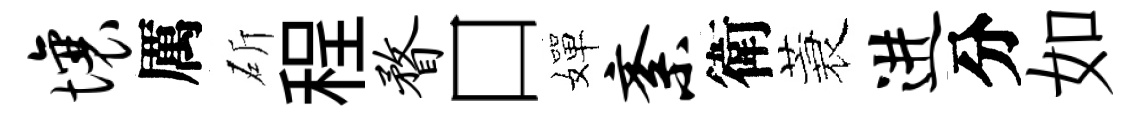
壤厲斫程瞀口嬋紊衛蓑进分如